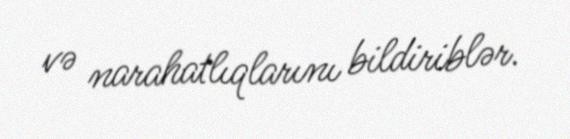
və narahatlıqlarını bildiriblər.